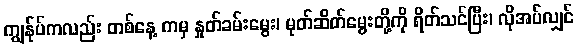
ကျွန်ုပ်ကလည်း တစ်နေ့ ကမှ နှုတ်ခမ်းမွေး၊ မုတ်ဆိတ်မွေးတို့ကို ရိတ်သင်ပြီး၊ လိုအပ်လျှင်